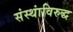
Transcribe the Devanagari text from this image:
संस्थांविरुद्ध